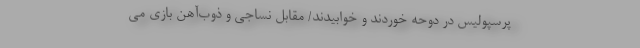
پرسپولیس در دوحه خوردند و خوابیدند/ مقابل نساجی و ذوب‌آهن بازی می